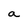
Character: a